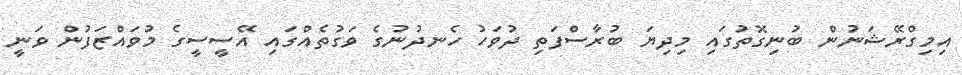
އިމިގްރޭޝަނުން ބުނިގޮތުގައި މިދިޔަ ބުރާސްފަތި ދުވަހު ހެނދުނުގެ ވަގުތެއްގައި އޭސީސީގެ މުވައްޒަފުން ވަނީ